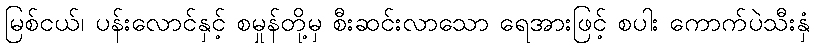
မြစ်ငယ်၊ ပန်းလောင်နှင့် စမှုန်တို့မှ စီးဆင်းလာသော ရေအားဖြင့် စပါး ကောက်ပဲသီးနှံ